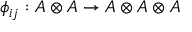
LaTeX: \phi _ { i j } : A \otimes A \to A \otimes A \otimes A